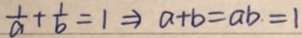
\frac { 1 } { a } + \frac { 1 } { b } = 1 \Rightarrow a + b = a b . = 1